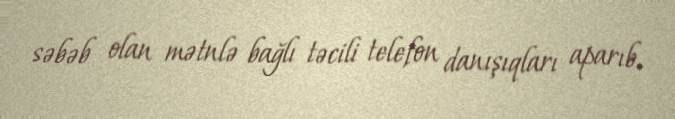
səbəb olan mətnlə bağlı təcili telefon danışıqları aparıb.